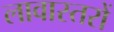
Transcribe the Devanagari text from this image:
लावास्तरों